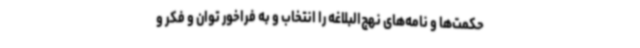
حکمت‌ها و نامه‌های نهج‌البلاغه را انتخاب و به فراخور توان و فکر و